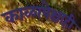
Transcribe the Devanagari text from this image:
काळापेक्षाही